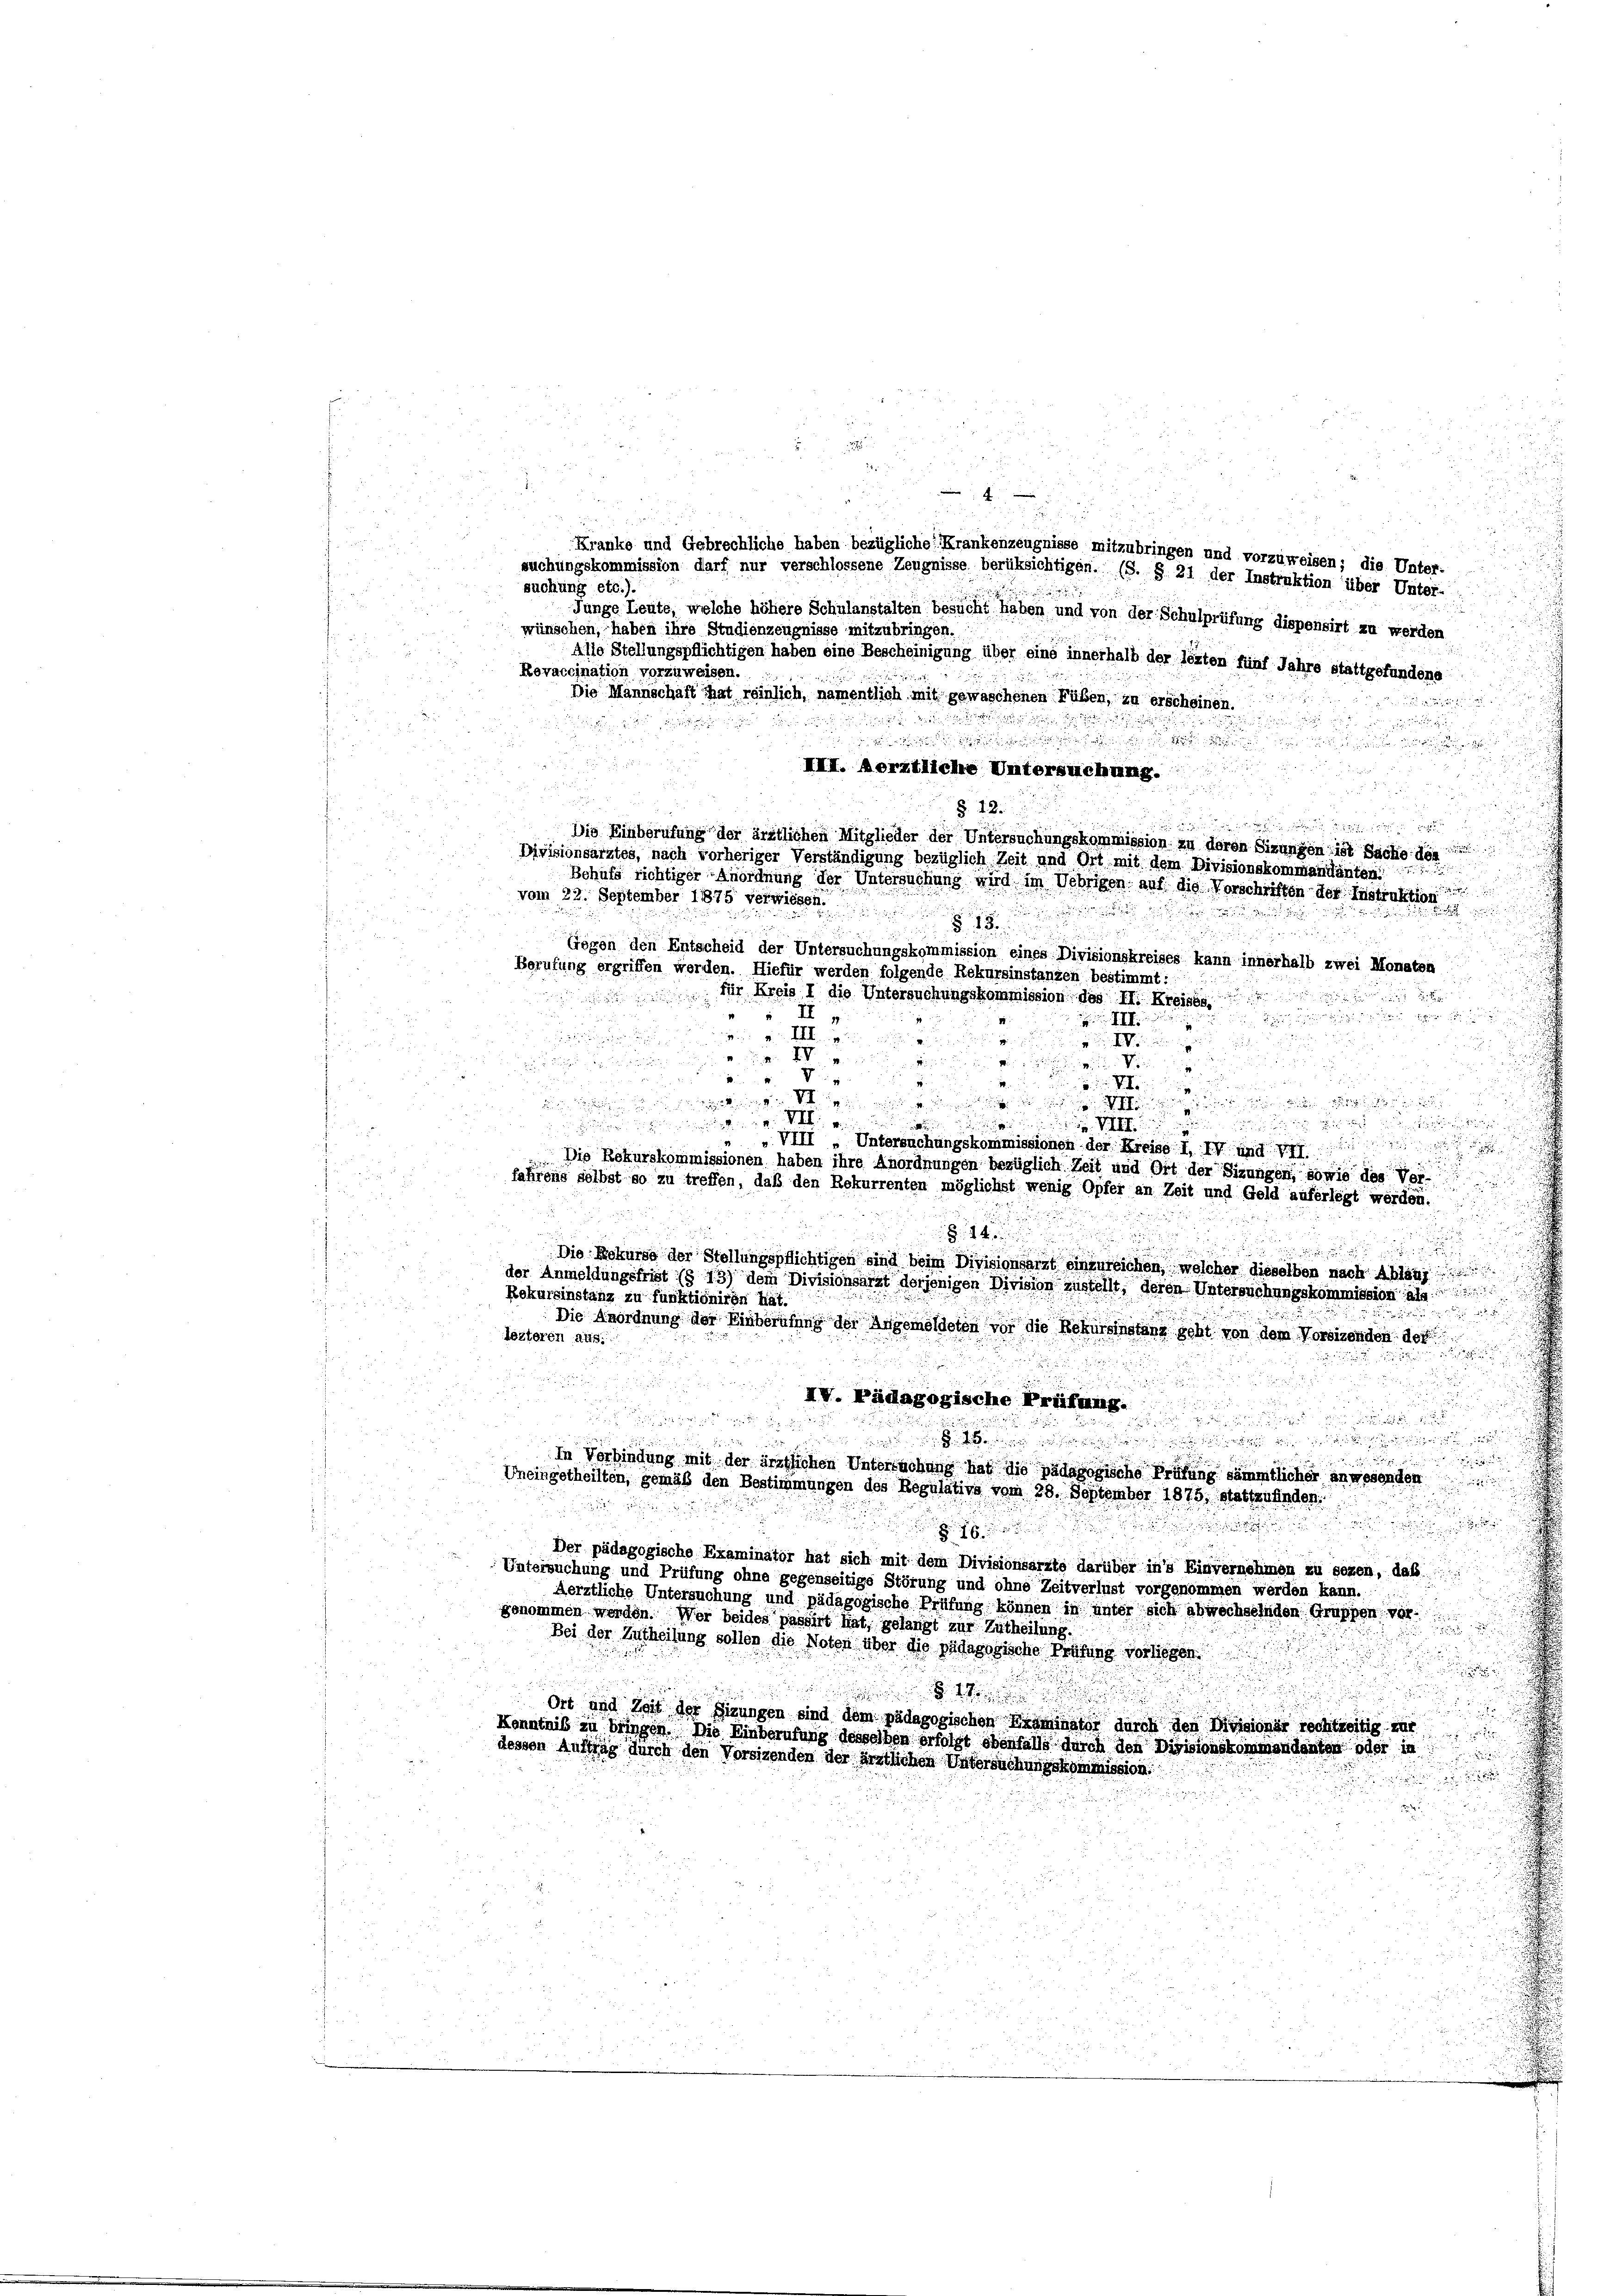
suchungskommission darf nur verschlossene Zeugnisse berüksichtigen. (S. § 21 der Instruktion über Unter-
suchung etc.).
Junge Leute, welche höhere Schulanstalten besucht haben und von der Schulprüfung dispensirt zu werden
wünschen, haben ihre Studienzeugnisse mitzubringen.
Alle Stellungspflichtigen haben eine Bescheinigung über eine innerhalb der lezten fünf Jahre stattgefundene
Revaccination vorzuweisen.
Die Mannschaft That reinlich, namentlich mit gewaschenen Füßen, zu erscheinen.

.
u
dee eine
III. Aerztliche Untersuchung.

§. 12.

Die Einberufung der ärztlichen Mitglieder der Untersuchungskommission zu deren Sizungen ist Sache der
Divisionsarztes, nach vorheriger Verständigung bezüglich Zeit und Ort mit dem Divisionskommandanten.

Behufs richtiger Anordnung der Untersuchung wird im Uebrigen auf die Vorschriften der Instruktion
n

vom 22. September 1875 verwissen.

15

n
Gegen den Entscheid der Untersuchungskommission eines Divisionskreises kann innerhalb zwei Monaten
Berufung ergriffen werden. Hiefür werden folgende Rekursinstanzen bestimmt:

für Kreis I die Untersuchungskommission des II. Kreisg

II

II
1
i . . .

g  in einig
n
 XV
wie ein
u

2

i
e

.
1
u

u
 en einen denen eingen und eine

g   denen der
VIII „Unteronchungskommissionen der Kreise I 14 und der
Die Rekurskommissionen haben ihre Anordnungen bezüglich Zeit und Ort der Sizungen, sowie des Ver-

fahrene selbst so zu treffen, daß den Rekurrenten möglichst wenig Opfer an Zeit und Geld auferlegt werden.
i

e
4

Die Rekurse der Stellungspflichtigen sind beim Divisionsarzt einzureichen, welcher dieselben nach Ablauf
der Anmeldungsfrist (§ 13) dem Divisionsarzt derjenigen Division zustellt, deren Untersuchungskommission a
Rekursinstanz zu funktioniren hat.

Die Anordnung der Einberufung der Angemeldeten vor die Rekursinstanz seht von dem Vorsizenden der
lezteren aus.

IV. Pädagogische Prüfung.

In Verbindung mit der ärztlichen Untersuchung hat die pädagogische Prüfung sämmtlicher anwesenden
Uneingetheilten, gemäß den Bestimmungen des Regulative vom 28. September 1875, stattzufinden.

Der pädagogische Examinator hat sich mit dem Divisionsarzte darüber in’s Einvernehmen zu sezen, das
Untersuchung und Prüfung ohne gegenseitige Störung und ohne Zeitverlust vorgenommen werden kann.
Aerztliche Untersuchung und pädagogische Prüfung können in unter sich abwechselnden Gruppen vor-
genommen werden. Wer beides passirt hat, gelangt zur Zutheilung.
Bei der Zutheilung sollen die Noten über die pädagogische Prüfung vorliegen.

.
Ort und Zeit der Fizungen sind dem pädagogischen Examinator durch den Divisionär rechtzeitig z
Kenntniß zu bringen. Die Einberufung desselben erfolgt ebenfalls durch den Divisionskommandenten oder in
dessen Auftrag durch den Vorsizenden der ärztlichen Vatersuchungskommission:

4
i
Kranke und Gebrechliche haben bezügliche Krankenzeugnisse mitzubringen und vorzuweisen; die Unter-